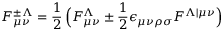
{ \cal F } _ { \mu \nu } ^ { \pm \Lambda } = { \frac { 1 } { 2 } } \, \Bigl ( F _ { \mu \nu } ^ { \Lambda } \pm { \frac { 1 } { 2 } } \epsilon _ { \mu \nu \rho \sigma } F ^ { \Lambda \vert \mu \nu } \Bigr )